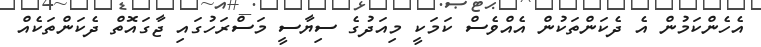
އެހެންކަމުން އެ ދެކަންތަކުން އެއްވެސް ކަމަކީ މިއަދުގެ ސިޔާސީ މަސްރަހުގައި ޖާގައޮތް ދެކަންތަކެއް